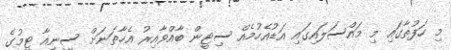
މި ހަފުތާގައި މި މައްސަލައިގައި އަޑުއެހުމެއް ސިޓީން ބާއްވާއިރު އެހާތަނަށް ސީނިއާ ޓީމުގެ